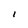
Character: I